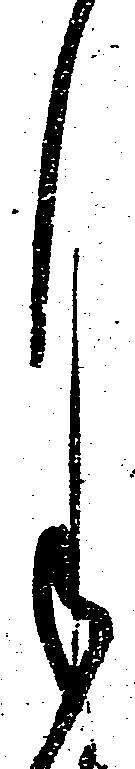
月